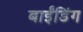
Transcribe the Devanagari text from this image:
बाईंडिंग